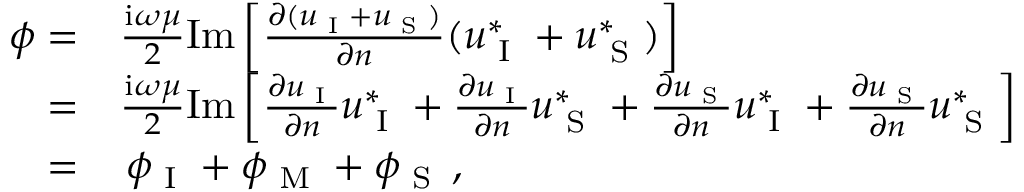
\begin{array} { r l } { \phi = } & { { } \frac { \mathrm { i } \omega \mu } { 2 } \mathrm { I m } \left[ \frac { \partial ( u _ { \textup { I } } + u _ { \textup { S } } ) } { \partial n } ( u _ { \textup { I } } ^ { * } + u _ { \textup { S } } ^ { * } ) \right] } \\ { = } & { { } \frac { \mathrm { i } \omega \mu } { 2 } \mathrm { I m } \left[ \frac { \partial u _ { \textup { I } } } { \partial n } u _ { \textup { I } } ^ { * } + \frac { \partial u _ { \textup { I } } } { \partial n } u _ { \textup { S } } ^ { * } + \frac { \partial u _ { \textup { S } } } { \partial n } u _ { \textup { I } } ^ { * } + \frac { \partial u _ { \textup { S } } } { \partial n } u _ { \textup { S } } ^ { * } \right] } \\ { = } & { { } \, \phi _ { \textup { I } } + \phi _ { \textup { M } } + \phi _ { \textup { S } } \, , } \end{array}